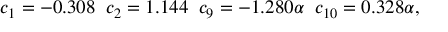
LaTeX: c _ { 1 } = - 0 . 3 0 8 \; \; c _ { 2 } = 1 . 1 4 4 \; \; c _ { 9 } = - 1 . 2 8 0 \alpha \; \; c _ { 1 0 } = 0 . 3 2 8 \alpha ,